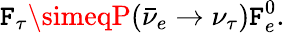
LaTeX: \mathtt{F}_{\tau}\simeqP(\bar{{\nu}}_{e}\rightarrow\nu_{\tau})\mathtt{F}_{e}^{0}.